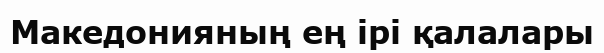
Македонияның ең ірі қалалары